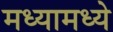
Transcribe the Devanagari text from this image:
मध्यामध्ये